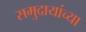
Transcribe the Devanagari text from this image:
समुदायांच्या